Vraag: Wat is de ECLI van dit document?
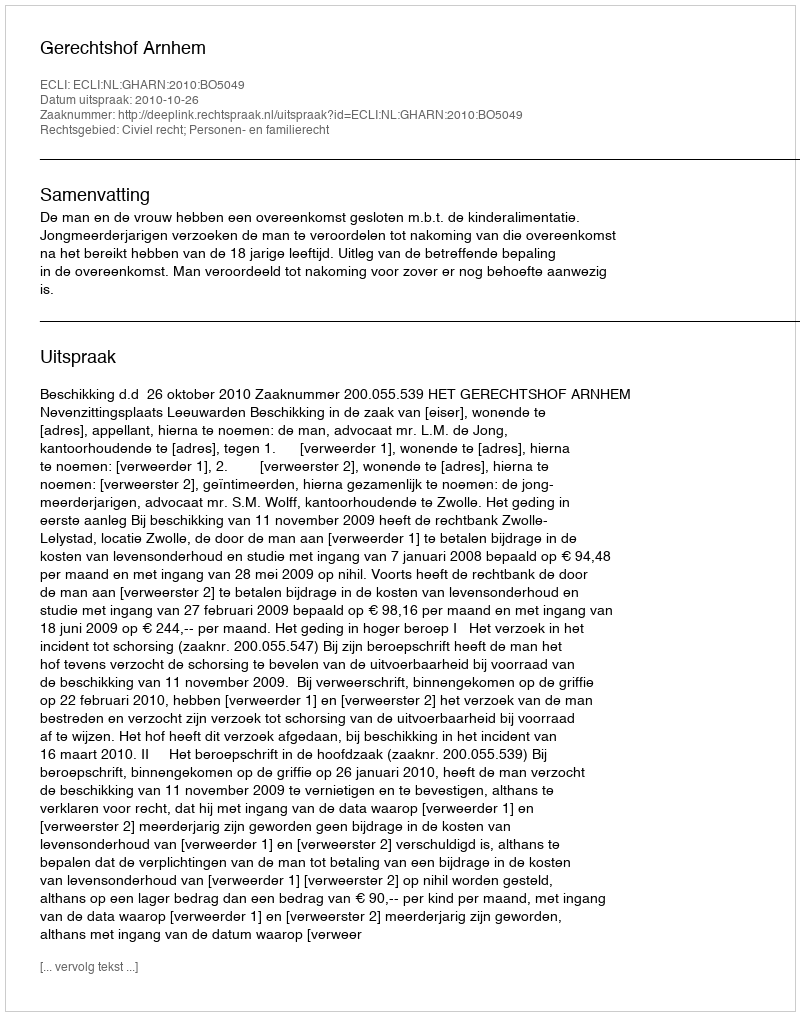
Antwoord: ECLI:NL:GHARN:2010:BO5049